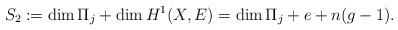
LaTeX: \begin{align*}S_2 := \dim \Pi_j + \dim H^1(X, E) = \dim \Pi_j + e + n(g-1).\end{align*}